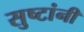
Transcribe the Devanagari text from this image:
सुष्टांनी